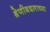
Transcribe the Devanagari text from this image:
श्रेणीबदलाच्या